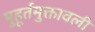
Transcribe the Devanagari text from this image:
मुहूर्तमुक्तावली